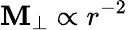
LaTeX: \mathbf{M}_{\perp}\propto r^{-2}